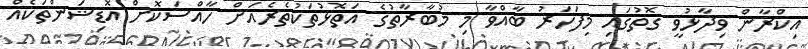
އިކްރާން ވިދާޅުވީ ގޮތުގައި މިފަހަރު ބާއްވާ މި މުބާރާތުގެ އަތޮޅުތަކުތެރެއަށް ހާއްސަކޮށް އޮޑިޝަންތަކެއް